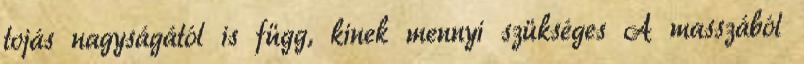
tojás nagyságától is függ, kinek mennyi szükséges A masszából